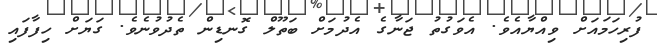
ފުރިހަމައަށް ވިއްޔާއެވެ. އެވަގުތު ޖަނާގެ އެދުމަށް ބަތޫލް ގޮނޑިން ތެދުވުނެވެ. ގަޔަށް ހިފާފައި